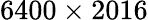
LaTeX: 6400\times 2016